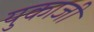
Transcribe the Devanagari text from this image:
युकाजी